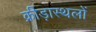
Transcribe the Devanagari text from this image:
क्रीड़ास्थलों